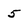
Character: 5